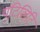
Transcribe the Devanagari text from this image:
यूटिलिटि